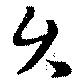
久